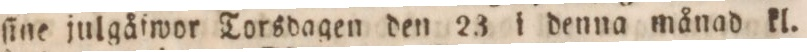
ſine julgåfwor Torsdagen den 23 i denna månad kl.